Lunatic asylums United Provinces 1909-1921 - 1909-1921
Year: 1909
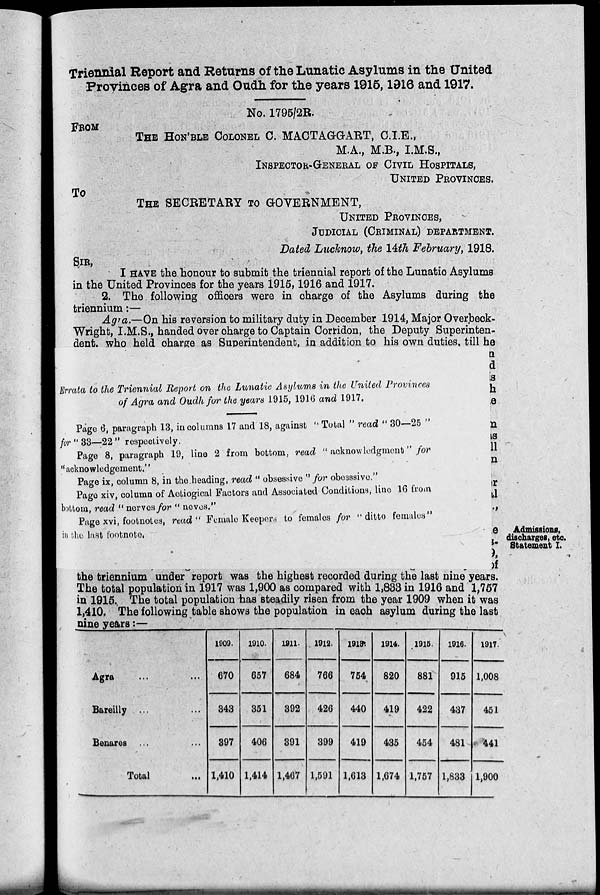
Triennial Report and Returns of the Lunatic Asylums in the United
Provinces of Agra and Oudh for the years 1915, 1916 and 1917.
No. 1795/2R.
FROM
The HON'BLE COLONEL C. MACTAGGART, C.I.E.,
M.A., M.B., I.M.S.,
INSPECTOR-GENERAL OF CIVIL HOSPITALS,
United Provinces.
TO
THE SECRETARY TO GOVERNMENT,
UNITED PROVINCES.
JUDICIAL (CRIMINAL) DEPARTMENT.
Dated Lucknow, the 14th February, 1918.
SIR,
I HAVE the honour to submit the triennial report of the Lunatic Asylums
in the United Provinces for the years 1915, 1916 and 1917.
2. The following officers were in charge of the Asylums during the
triennium :—
Agra.—On his reversion to military duty in December 1914, Major Overbeck-
Wright, I.M.S., handed over charge to Captain Corridon, the Deputy Superinten-
dent, who held charge as Superintendent, in addition to his own duties, till he
Errata to the Triennial Report on the Lunatic Asylums in the United Provinces
of Agra and Oudh for the years 1915, 1916 and 1917.
Page 6, paragraph 13, in columns 17 and 18, against " Total " read " 30—25 "
for " 33—22 " respectively.
Page 8, paragraph 19, line 2 from bottom, read " acknowledgment" for
" acknowledgement."
Page ix, column 8, in the heading, read " obsessive " for obesssive."
Page xiv, column of Aetiogical Factors and Associated Conditions, line 16 from
bottom, read " nerves for " neves."
Page xvi, footnotes, read " Female Keepers to females for " ditto females"
in the last footnote.
Admissions,
discharges, etc.
Statement I.
the triennium under report was the highest recorded during the last nine years.
The total population in 1917 was 1,900 as compared with 1,883 in 1916 and 1,757
in 1915. The total population has steadily risen from the year 1909 when it was
1,410. The following table shows the population in each asylum during the last
nine
years:-
Agra
...
...
Bareilly ... ...
Benares ... ...
Total ...
1909.
670
843
397
1,410
1910.
657
351
406
1,414
1911.
684
392
391
1,467
1912.
766
426
399
1,591
1913.
754
440
419
1,613
1914.
820
419
435
1,674
1915.
881
422
454
1,757
1916.
915
437
481
1,833
1917.
1,008
451
441
1,900